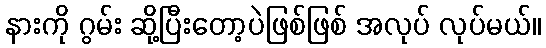
နားကို ဂွမ်း ဆို့ပြီးတော့ပဲဖြစ်ဖြစ် အလုပ် လုပ်မယ်။